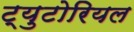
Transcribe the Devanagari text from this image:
ट्युटोरियल